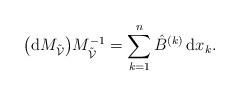
LaTeX: \begin{align*} \big({\rm d} M_{\tilde{\mathcal{V}}}\big)M_{\tilde{\mathcal{V}}}^{-1} =\sum_{k=1}^n\hat{B}^{(k)}\,{\rm d}x_k. \end{align*}